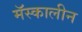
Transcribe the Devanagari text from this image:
मॅस्कालीन